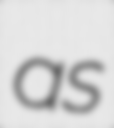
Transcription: as